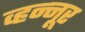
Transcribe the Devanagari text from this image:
व्हन्‍नूर